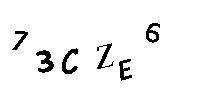
73CZE6